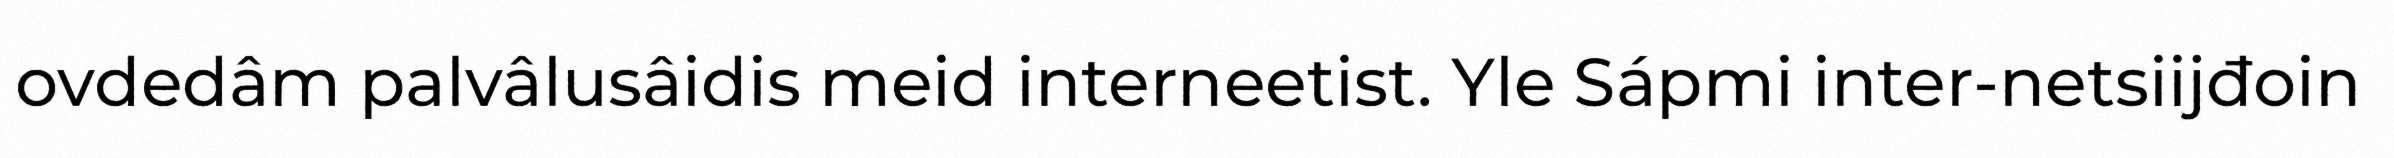
ovdedâm palvâlusâidis meid interneetist. Yle Sápmi inter-netsiijđoin